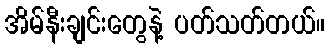
အိမ်နီးချင်းတွေနဲ့ ပတ်သတ်တယ်။